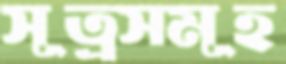
সূত্রসমূহ